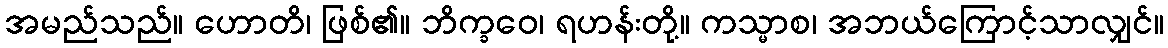
အမည်သည်။ ဟောတိ၊ ဖြစ်၏။ ဘိက္ခဝေ၊ ရဟန်းတို့။ ကသ္မာစ၊ အဘယ်ကြောင့်သာလျှင်။